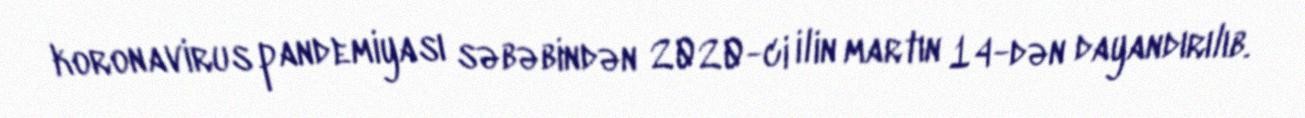
koronavirus pandemiyası səbəbindən 2020-ci ilin martın 14-dən dayandırılıb.